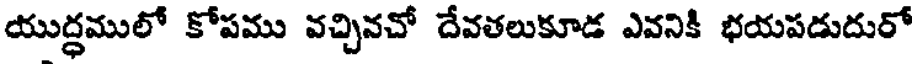
యుద్ధములో కోపము వచ్చినచో దేవతలుకూడ ఎవనికి భయపడుదురో